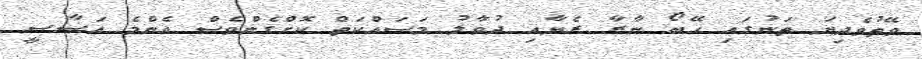
ވޭތުވެދިޔަ ތަނުގައި ހޭބޯ ނާރާ ރެޔާއި ދުވާލު މަސައްކަތް ކޮށްގެންވެސް އެންމެ އަސާސީ